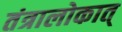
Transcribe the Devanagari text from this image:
तंत्रालोकात्